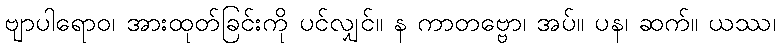
ဗျာပါရောဝ၊ အားထုတ်ခြင်းကို ပင်လျှင်။ န ကာတဗ္ဗော၊ အပ်။ ပန၊ ဆက်။ ယဿ၊